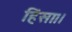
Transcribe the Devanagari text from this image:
हिंसा।।